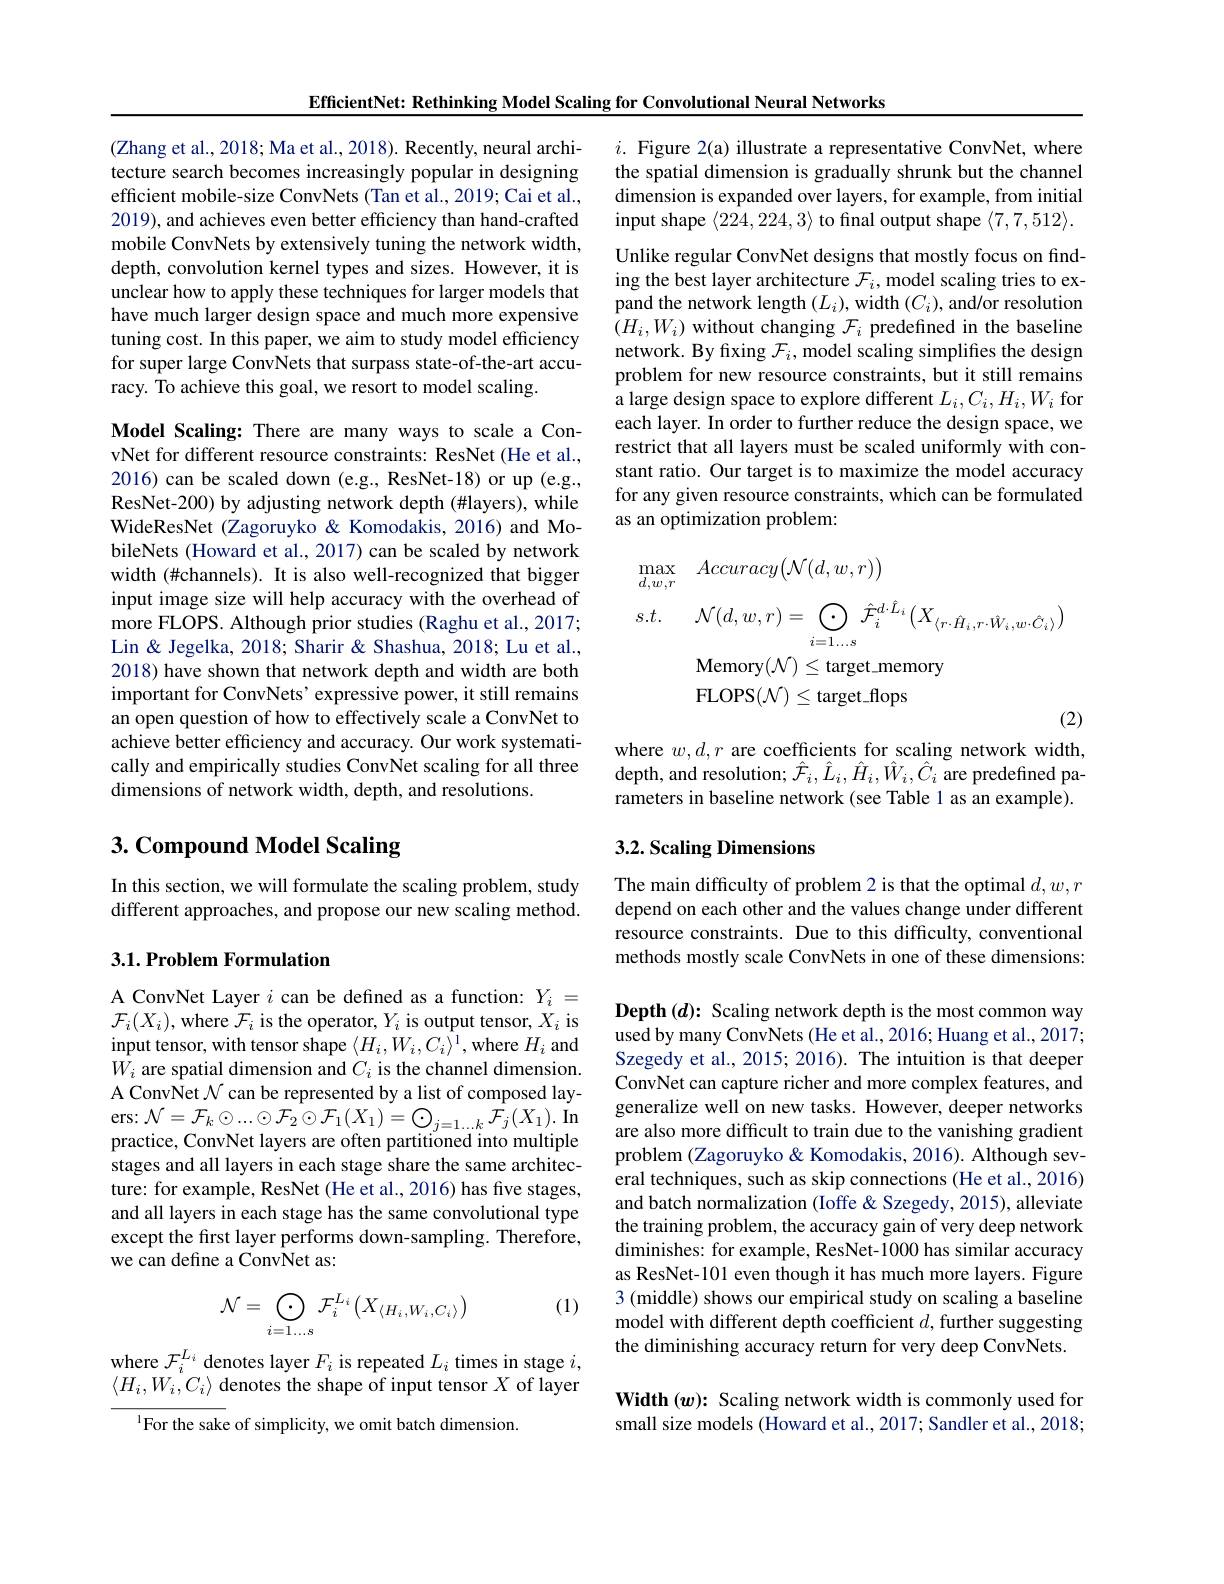
EfficientNet: Rethinking Model Scaling for Convolutional Neural Networks

(Zhang et al., 2018; Ma et al., 2018). Recently, neural architecture search becomes increasingly popular in designing efficient mobile-size ConvNets (Tan et al., 2019; Cai et al., 2019), and achieves even better efficiency than hand-crafted mobile ConvNets by extensively tuning the network width, depth, convolution kernel types and sizes. However, it is unclear how to apply these techniques for larger models that have much larger design space and much more expensive tuning cost. In this paper, we aim to study model efficiency for super large ConvNets that surpass state-of-the-art accuracy. To achieve this goal, we resort to model scaling.

Model Scaling: There are many ways to scale a ConvNet for different resource constraints: ResNet (He et al., 2016) can be scaled down (e.g., ResNet-18) or up (e.g., ResNet-200) by adjusting network depth (#layers), while WideResNet (Zagoruyko & Komodakis, 2016) and MobileNets (Howard et al., 2017) can be scaled by network width (#channels). It is also well-recognized that bigger input image size will help accuracy with the overhead of more FLOPS. Although prior studies (Raghu et al., 2017; Lin & Jegelka, 2018; Sharir & Shashua, 2018; Lu et al., 2018) have shown that network depth and width are both important for ConvNets' expressive power, it still remains an open question of how to effectively scale a ConvNet to achieve better efficiency and accuracy. Our work systematically and empirically studies ConvNet scaling for all three dimensions of network width, depth, and resolutions.

# $3. \textbf{Compound Model Scaling}$

In this section, we will formulate the scaling problem, study different approaches, and propose our new scaling method.

## 3.1. Problem Formulation

A ConvNet Layer $i$ can be defined as a function: $Y_i=$ $\mathcal{F}_{i}(X_{i})$,where $\mathcal{F}_i$ is the operator, $Y_i$ is output tensor, $X_i$ is input tensor, with tensor shape $\langle H_{i},W_{i},C_{i}\rangle^{1}$,where $H_{i}$ and $W_i$ are spatial dimension and $C_i$ is the channel dimension. A ConvNet $\mathcal{N}$ can be represented by a list of composed layers: $\mathcal{N}=\mathcal{F}_k\odot...\odot\mathcal{F}_2\odot\mathcal{F}_1(X_1)=\bigodot_{j=1\ldots k}\mathcal{F}_j(X_1).$ In practice, ConvNet layers are often partitioned into multiple stages and all layers in each stage share the same architecture: for example, ResNet (He et al., 2016) has five stages, and all layers in each stage has the same convolutional type except the first layer performs down-sampling. Therefore, we can define a ConvNet as:

(1)
$$\mathcal{N}=\bigoplus_{i=1...s}\mathcal{F}_{i}^{L_{i}}\left(X_{\langle H_{i},W_{i},C_{i}\rangle}\right)$$
where $\mathcal{F}_i^{L_i}$ denotes layer $F_i$ is repeated $L_i$ times in stage $i$, $\langle H_{i},W_{i},C_{i}\rangle$ denotes the shape of input tensor $X$ of layer
$^{1}$For the sake of simplicity, we omit batch dimension

$i.$ Figure 2(a) illustrate a representative ConvNet, where the spatial dimension is gradually shrunk but the channel dimension is expanded over layers, for example, from initial input shape $\langle224,224,3\rangle$ to final output shape $\langle7,7,512\rangle.$

Unlike regular ConvNet designs that mostly focus on finding the best layer architecture $\mathcal{F}_i$, model scaling tries to expand the network length $(L_i)$, width $(C_i)$, and/or resolution $(H_i,W_i)$ without changing $\mathcal{F}_i$ predefined in the baseline network. By fixing $\mathcal{F}_i$,model scaling simplifies the design problem for new resource constraints, but it still remains a large design space to explore different $L_i,C_i,H_i,W_i$ for each layer. In order to further reduce the design space, we restrict that all layers must be scaled uniformly with constant ratio. Our target is to maximize the model accuracy for any given resource constraints, which can be formulated as an optimization problem:
$$\begin{aligned}&\operatorname*{max}_{d,w,r}&&Accuracy\big(\mathcal{N}(d,w,r)\big)\\&s.t.&&\mathcal{N}(d,w,r)=\bigoplus_{i=1\ldots s}\hat{\mathcal{F}}_{i}^{d\cdot\hat{L}_{i}}\big(X_{\langle r\cdot\hat{H}_{i},r\cdot\hat{W}_{i},w\cdot\hat{C}_{i}\rangle}\big)\\&&&\mathrm{Memory}(\mathcal{N})\leq\mathrm{target_memory}\\&&&\mathrm{FLOPS}(\mathcal{N})\leq\mathrm{target_flops}\end{aligned}$$
where $w,d,r$ are coefficients for scaling network width, depth, and resolution; $\hat{\mathcal{F}}_{i},\hat{L}_{i},\hat{H}_{i},\hat{W}_{i},\hat{C}_{i}$ are predefined parameters in baseline network (see Table 1 as an example).

## 3.2. Scaling Dimensions

The main difficulty of problem 2 is that the optimal $d,w,r$ depend on each other and the values change under different resource constraints. Due to this difficulty, conventional methods mostly scale ConvNets in one of these dimensions:

Depth $(d){:}$ Scaling network depth is the most common way used by many ConvNets (He et al., 2016; Huang et al., 2017; Szegedy et al., 2015; 2016). The intuition is that deeper ConvNet can capture richer and more complex features, and generalize well on new tasks. However, deeper networks are also more difficult to train due to the vanishing gradient problem (Zagoruyko& Komodakis, 2016). Although several techniques, such as skip connections (He et al., 2016) and batch normalization (Ioffe & Szegedy, 2015), alleviate the training problem, the accuracy gain of very deep network diminishes: for example, ResNet-1000 has similar accuracy as ResNet-101 even though it has much more layers. Figure 3 (middle) shows our empirical study on scaling a baseline model with different depth coefficient $d$, further suggesting the diminishing accuracy return for very deep ConvNets.

Width $(w){:}$ Scaling network width is commonly used for small size models (Howard et al., 2017; Sandler et al., 2018;